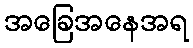
အခြေအနေအရ